Materia medica of Madras volume I
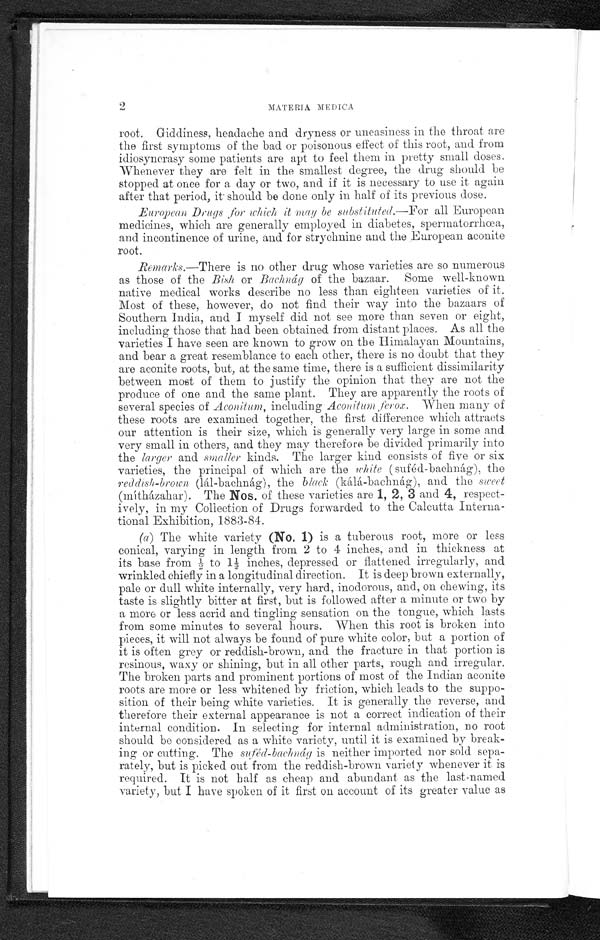
2
MATERIA MEDICA
root. Giddiness, headache and dryness or uneasiness in the throat are
the first symptoms of the bad or poisonous effect of this root, and from
idiosyncrasy some patients are apt to feel them in pretty small doses.
Whenever they are felt in the smallest degree, the drug should be
stopped at once for a day or two, and if it is necessary to use it again
after that period, it should be done only in half of its previous dose.
European Drugs , for which, it may be substituted.—For all European
medicines, which are generally employed in diabetes, spermatorrhœa,
and incontinence of urine, and for strychnine and the European aconite
root.
Remarks.—There is no other drug whose varieties are so numerous
as those of the Bish or Bachnág of the bazaar. Some well-known
native medical works describe no less than eighteen varieties of it.
Most of these, however, do not find their way into the bazaars of
Southern India, and I myself did not see more than seven or eight,
including those that had been obtained from distant places. As all the
varieties I have seen are known to grow on the Himalayan Mountains,
and bear a great resemblance to each other, there is no doubt that they
are aconite roots, but, at the same time, there is a sufficient dissimilarity
between most of them to justify the opinion that they are not the
produce of one and the same plant. They are apparently the roots of
several species of Aconitum, including Aconitum ferox. When many of
these roots are examined together, the first difference which attracts
our attention is their size, which is generally very large in some and
very small in others, and they may therefore be divided primarily into
the larger and smaller kinds. The larger kind consists of five or six
varieties, the principal of which are the white (suféd-bachnág), the
reddish-brown (lál-bachnág), the black (kálá-bachnág), and the sweet
(mítházahar). The Nos. of these varieties are 1, 2, 3 and 4, respect-
-ively, in my Collection of Drugs forwarded to the Calcutta Interna--
tional Exhibition, 1883-84.
(a) The white variety (No. 1) is a tuberous root, more or less
conical, varying in length from 2 to 4 inches, and in thickness at
i t s bas e f r om ½ t o 1½ i nches , depr es s ed or f l at t ened i r r egul ar l y, and
wrinkled chiefly in a longitudinal direction. It is deep brown externally,
pale or dull white internally, very hard, inodorous, and, on chewing, its
taste is slightly bitter at first, but is followed after a minute or two by
a more or less acrid and tingling sensation on the tongue, which lasts
from some minutes to several hours. When this root is broken into
pieces, it will not always be found of pure white color, but a portion of
it is often grey or reddish-brown, and the fracture in that portion is
resinous, waxy or shining, but in all other parts, rough and irregular.
The broken parts and prominent portions of most of the Indian aconite
roots are more or less whitened by friction, which leads to the suppo-
-sition of their being white varieties. It is generally the reverse, and
therefore their external appearance is not a correct indication of their
internal condition. In selecting for internal administration, no root
should be considered as a white variety, until it is examined by break--
ing or cutting. The suféd-bachnág is neither imported nor sold sepa-
-rately, but is picked out from the reddish-brown variety whenever it is
required. It is not half as cheap and abundant as the last-named
variety, but I have spoken of it first on account of its greater value as